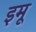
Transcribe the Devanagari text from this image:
इमू